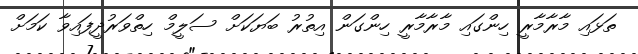
ތަޅައި މާރާމާރީ ހިންގައި މާރާމާރީ ހިންގަން އިތުރު ބަޔަކަށް ސަލީމް ހިތްވަރުދީފައިވާ ކަމަށް